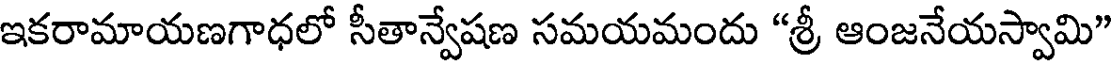
ఇకరామాయణగాధలో సీతాన్వేషణ సమయమందు "శ్రీ ఆంజనేయస్వామి"